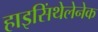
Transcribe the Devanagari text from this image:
हाइसिंथेलेनेक